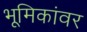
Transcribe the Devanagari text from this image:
भूमिकांवर